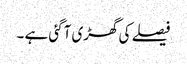
فیصلے کی گھڑی آگئی ہے ۔